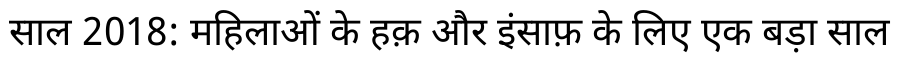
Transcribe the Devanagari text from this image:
साल 2018: महिलाओं के हक़ और इंसाफ़ के लिए एक बड़ा साल